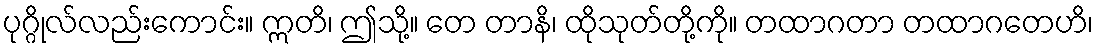
ပုဂ္ဂိုလ်လည်းကောင်း။ ဣတိ၊ ဤသို့။ တေ တာနိ၊ ထိုသုတ်တို့ကို။ တထာဂတာ တထာဂတေဟိ၊